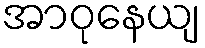
အာဝုနေယျ